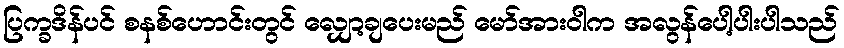
ပြက္ခဒိန်ပင် စနစ်ဟောင်းတွင် လျှော့ချပေးမည် မော်အားဝါက အလွန်ပေါ့ပါးပါသည်